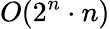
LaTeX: O(2^{n}\cdot n)